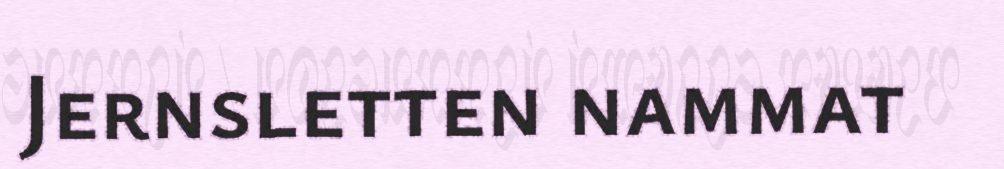
Jernsletten nammat